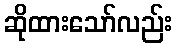
ဆိုထားသော်လည်း